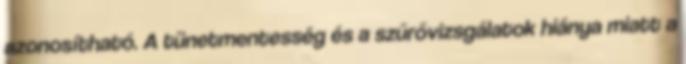
azonosítható. A tünetmentesség és a szűrővizsgálatok hiánya miatt a